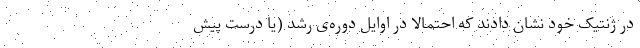
در ژنتیک خود نشان دادند که احتمالا در اوایل دوره‌ی رشد (یا درست پیش